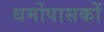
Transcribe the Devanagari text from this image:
धर्मोपासकों